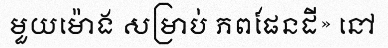
មួយម៉ោង សម្រាប់ ភពផែនដី» នៅ